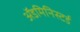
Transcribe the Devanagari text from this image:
ॲडमिनिस्टर्ड